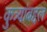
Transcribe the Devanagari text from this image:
कुत्र्यांबद्दल